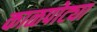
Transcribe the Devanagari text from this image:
काळपोट्या